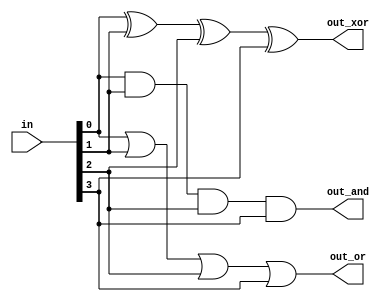
/* 
    https://hdlbits.01xz.net/wiki/Gates4
*/

/*
    Build a combinational circuit with four inputs, in[3:0].

    There are 3 outputs:

    - out_and: output of a 4-input AND gate.
    - out_or: output of a 4-input OR gate.
    - out_xor: output of a 4-input XOR gate.
*/

module top_module( 
    input [3:0] in,
    output out_and,
    output out_or,
    output out_xor
);
    assign out_and = in[0] & in[1] & in[2] & in[3];
    assign out_or  = in[0] | in[1] | in[2] | in[3];
    assign out_xor = in[0] ^ in[1] ^ in[2] ^ in[3];
endmodule